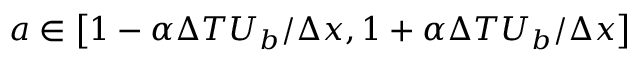
a \in \left[ 1 - \alpha \Delta T U _ { b } / \Delta x , 1 + \alpha \Delta T U _ { b } / \Delta x \right]